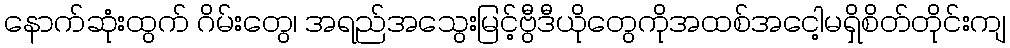
နောက်ဆုံးထွက် ဂိမ်းတွေ၊ အရည်အသွေးမြင့်ဗွီဒီယိုတွေကိုအထစ်အငေါ့မရှိစိတ်တိုင်းကျ